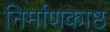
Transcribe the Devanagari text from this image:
निर्माणकाष्ठ